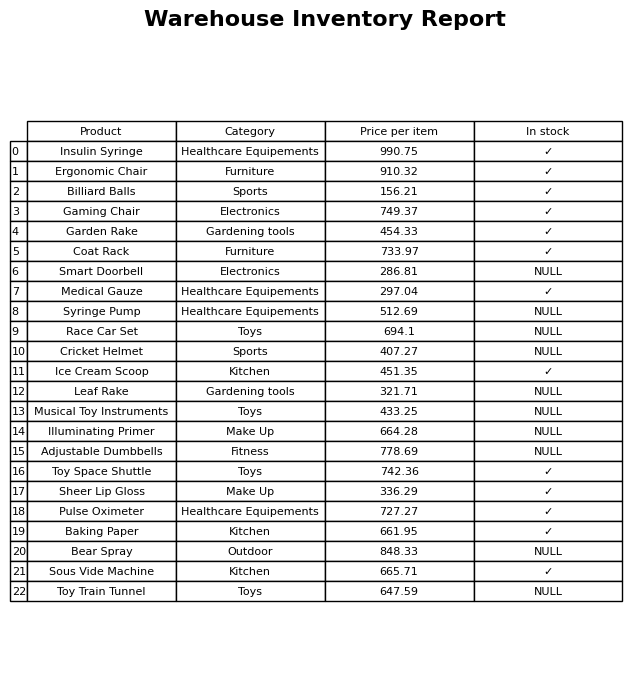
question: Is the Toy Space Shuttle in stock?
answer: ✓